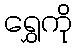
ရွှေကို